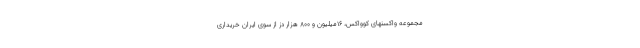
مجموعه واکسنهای کوواکس، ۱۶میلیون و ۸۰۰ هزار دز از سوی ایران خریداری